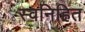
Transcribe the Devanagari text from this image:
स्वनिहित